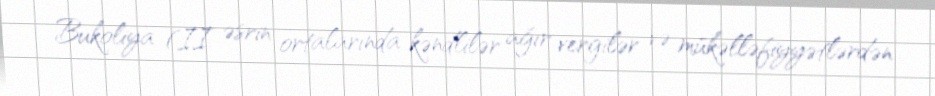
Bukoliya (II əsrin ortalarında kəndlilər ağır vergilər və mükəlləfiyyətlərdən